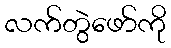
လက်တွဲဖော်ကို